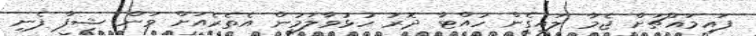
ފައިމައްޗަށް ޖެމާ ލައިގެން ހުއްޓާ ދޮރު ހުޅުވާލަމުން އެތެރެއަށް ވަން ޝިފާ ފެނި